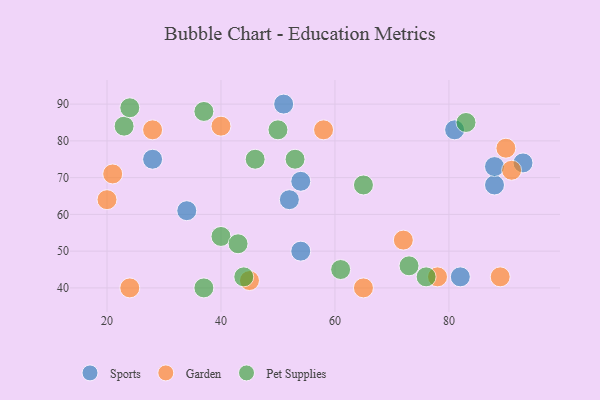
{"axis": {"x": "GDP", "y": "Life Expectancy"}, "legend": ["Garden", "Pet Supplies", "Sports"], "data": [{"x": "54", "y": 50, "type": "Sports"}, {"x": "52", "y": 64, "type": "Sports"}, {"x": "81", "y": 83, "type": "Sports"}, {"x": "51", "y": 90, "type": "Sports"}, {"x": "34", "y": 61, "type": "Sports"}, {"x": "54", "y": 69, "type": "Sports"}, {"x": "28", "y": 75, "type": "Sports"}, {"x": "82", "y": 43, "type": "Sports"}, {"x": "88", "y": 68, "type": "Sports"}, {"x": "88", "y": 73, "type": "Sports"}, {"x": "93", "y": 74, "type": "Sports"}, {"x": "20", "y": 64, "type": "Garden"}, {"x": "90", "y": 78, "type": "Garden"}, {"x": "78", "y": 43, "type": "Garden"}, {"x": "58", "y": 83, "type": "Garden"}, {"x": "91", "y": 72, "type": "Garden"}, {"x": "24", "y": 40, "type": "Garden"}, {"x": "65", "y": 40, "type": "Garden"}, {"x": "89", "y": 43, "type": "Garden"}, {"x": "21", "y": 71, "type": "Garden"}, {"x": "72", "y": 53, "type": "Garden"}, {"x": "45", "y": 42, "type": "Garden"}, {"x": "28", "y": 83, "type": "Garden"}, {"x": "40", "y": 84, "type": "Garden"}, {"x": "44", "y": 43, "type": "Pet Supplies"}, {"x": "23", "y": 84, "type": "Pet Supplies"}, {"x": "73", "y": 46, "type": "Pet Supplies"}, {"x": "61", "y": 45, "type": "Pet Supplies"}, {"x": "37", "y": 88, "type": "Pet Supplies"}, {"x": "46", "y": 75, "type": "Pet Supplies"}, {"x": "76", "y": 43, "type": "Pet Supplies"}, {"x": "40", "y": 54, "type": "Pet Supplies"}, {"x": "50", "y": 83, "type": "Pet Supplies"}, {"x": "37", "y": 40, "type": "Pet Supplies"}, {"x": "43", "y": 52, "type": "Pet Supplies"}, {"x": "65", "y": 68, "type": "Pet Supplies"}, {"x": "24", "y": 89, "type": "Pet Supplies"}, {"x": "83", "y": 85, "type": "Pet Supplies"}, {"x": "53", "y": 75, "type": "Pet Supplies"}]}